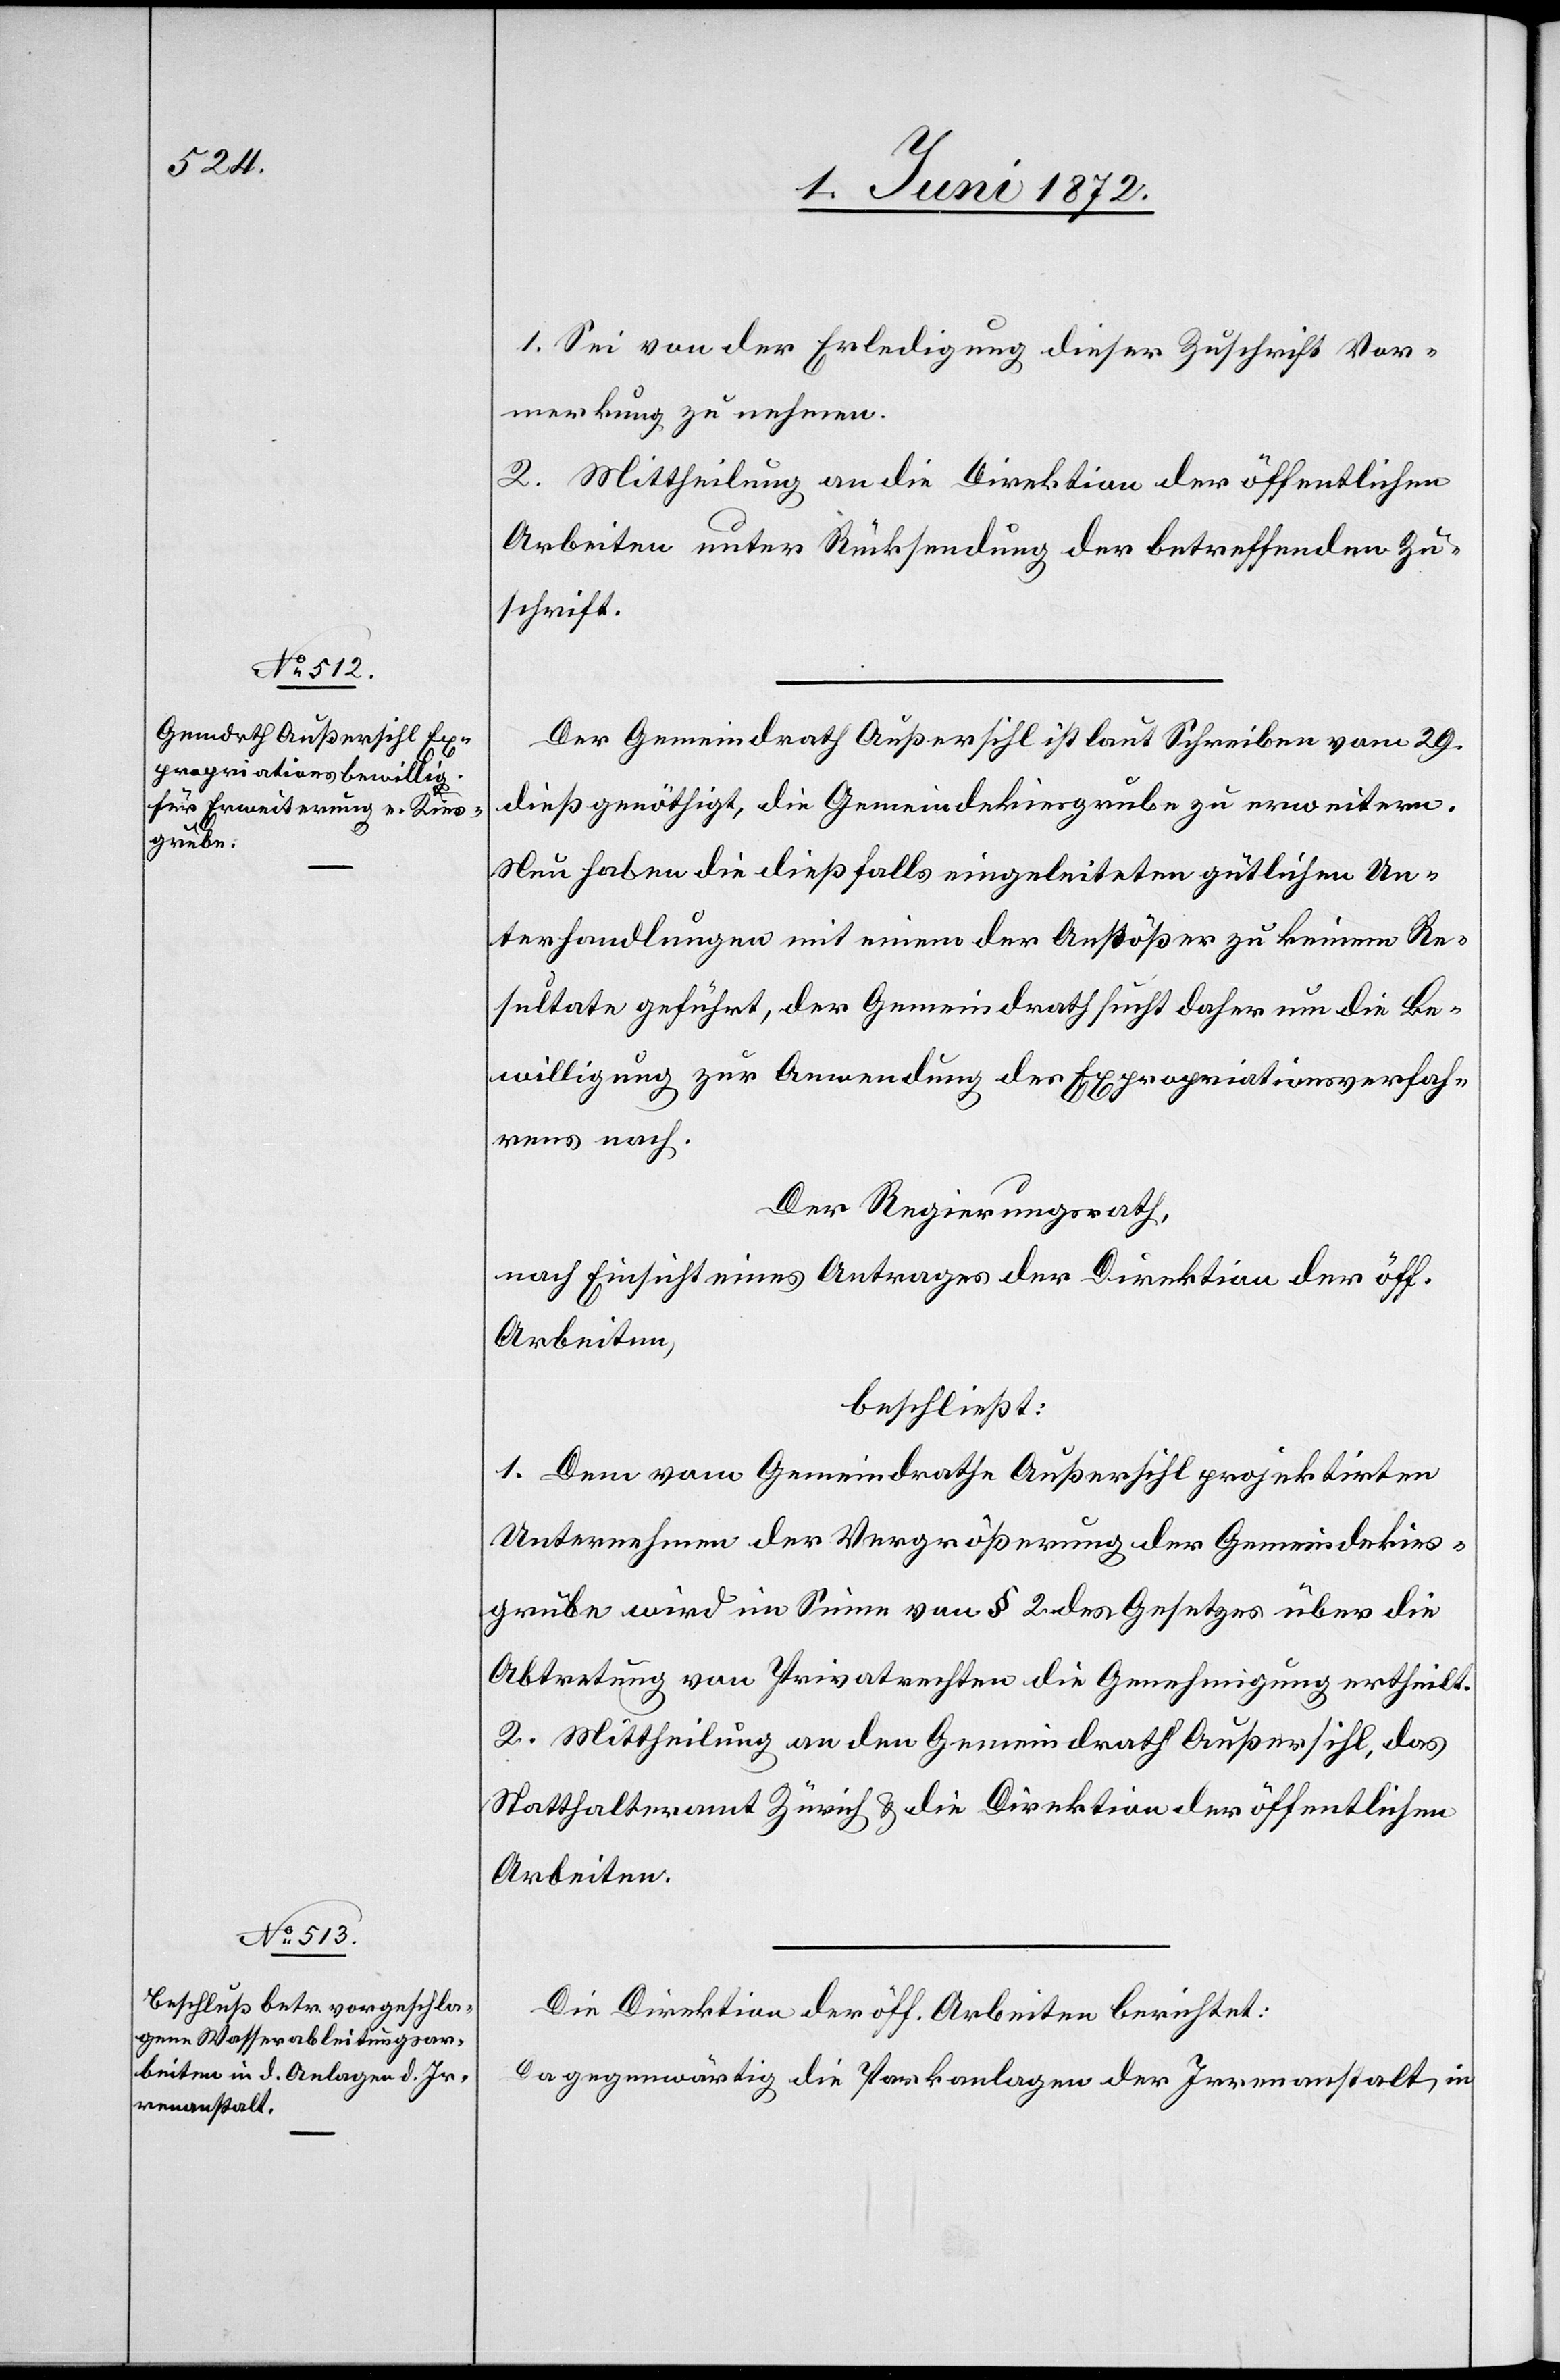
1. Sei von der Erledigung dieser Zuschrift Vor¬
merkung zu nehmen.
2. Mittheilung an die Direktion der öffentlichen
Arbeiten unter Rücksendung der betreffenden Zu¬
schrift.
Der Gemeindrath Außersihl ist laut Schreiben vom 29.
dieß genöthigt, die Gemeindekiesgrube zu erweitern.
Nun haben die dießfalls eingeleiteten gütlichen Un¬
terhandlungen mit einem der Anstößer zu keinem Re¬
sultate geführt, der Gemeindrath sucht daher um die Be¬
willigung zur Anwendung des Expropriationsverfah¬
rens nach.
Der Regierungsrath,
nach Einsicht eines Antrages der Direktion der öff.
Arbeiten,
beschließt:
1. Dem vom Gemeindrathe Außersihl projektirten
Unternehmen der Vergrößerung der Gemeindekies¬
grube wird im Sinne von § 2 des Gesetzes über die
Abtretung von Privatrechten die Genehmigung ertheilt.
2. Mittheilung an den Gemeindrath Außersihl, das
Statthalteramt Zürich u. die Direktion der öffentlichen
Arbeiten.
Die Direktion der öff. Arbeiten berichtet:
Da gegenwärtig die Parkanlagen der Irrenanstalt, in